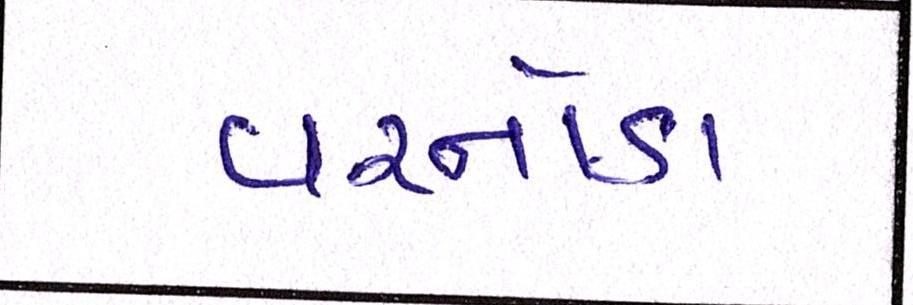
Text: વરનોડા